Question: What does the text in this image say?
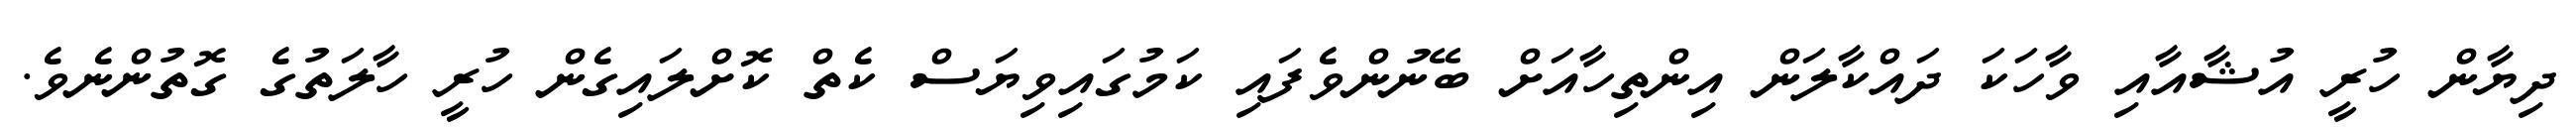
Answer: ދިޔާން ހުރީ އުޝާއާއި ވާހަކަ ދައްކާލަން އިންތިހާއަށް ބޭނުންވެފައި ކަމުގައިވިޔަސް ކެތް ކޮށްލައިގެން ހުރީ ހާލަތުގެ ގޮތުންނެވެ.